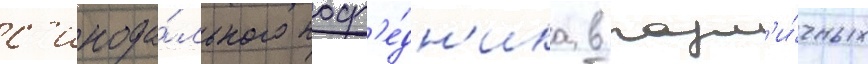
с'инода́льного поср'е́дн'ика в разл'и́чных